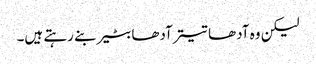
لیکن وہ آدھا تیتر آدھا بٹیر بنے رہتے ہیں۔